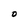
Character: O